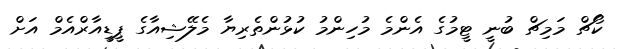
ކޯޗް މަމިޗް ބުނީ ޓީމުގެ އެންމެ މުހިންމު ކުޅުންތެރިޔާ މެލޭޝިއާގެ ޕީޑީއާރްއެމް އަށް